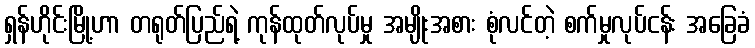
ရှန်ဟိုင်းမြို့ဟာ တရုတ်ပြည်ရဲ့ ကုန်ထုတ်လုပ်မှု အမျိုးအစား စုံလင်တဲ့ စက်မှုလုပ်ငန်း အခြေခံ